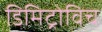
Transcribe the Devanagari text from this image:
डिमिट्रोविच